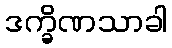
ဒက္ခိဏသာခါ